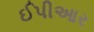
ઈપીઆર